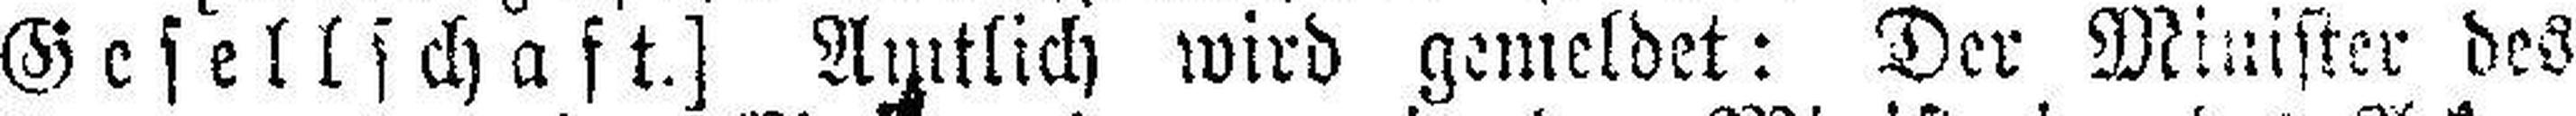
Gesellschaft.] Amtlich wird gemeldet: Der Minister des